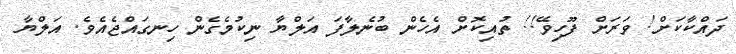
ދައްކާކަށް! ވަރަށް ފޫހިވޭ!! ތުއިކޮށް އެހެން ބުނެލާފަ އަލްޔާ ނިކުމެގެން ހިނގައްޖެއެވެ. އަލްޔާ